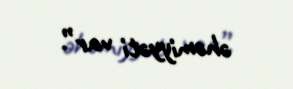
əhəmiyyəti var”.